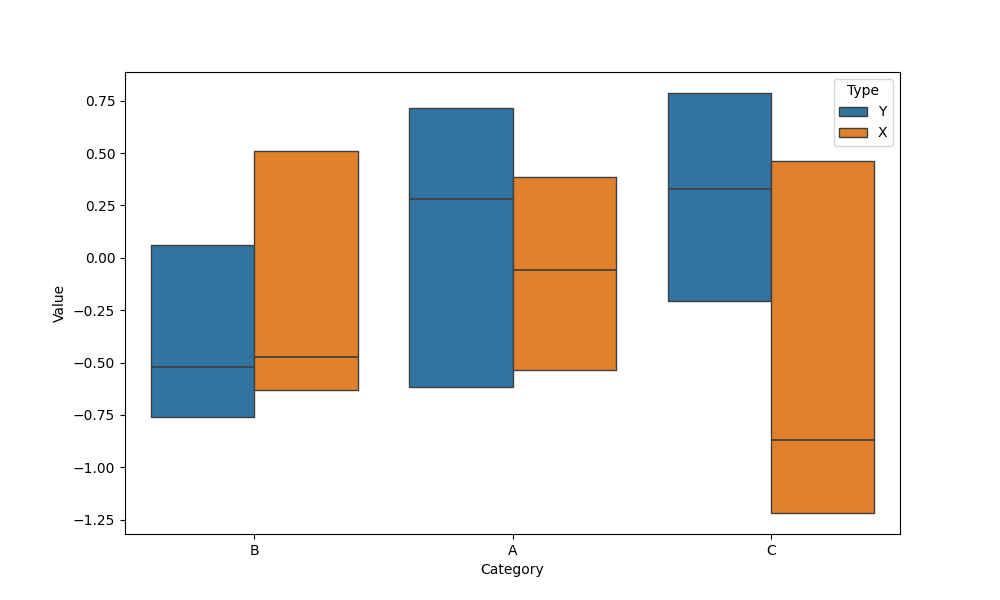
python, seaborn, boxenplot, k_depth='tukey', linewidth=1, scale='linear', outlier_prop=0.1, showfliers=False